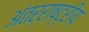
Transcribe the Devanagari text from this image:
अंतर्राष्ट्रीय़